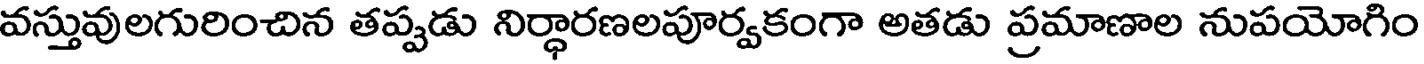
వస్తువులగురించిన తప్పడు నిర్ధారణలపూర్వకంగా అతడు ప్రమాణాల నుపయోగిం